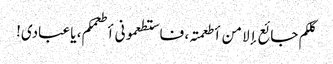
کلکم جائع إلا من أطعمتہ، فاستطعمونی أطعمکم، یا عبادی!